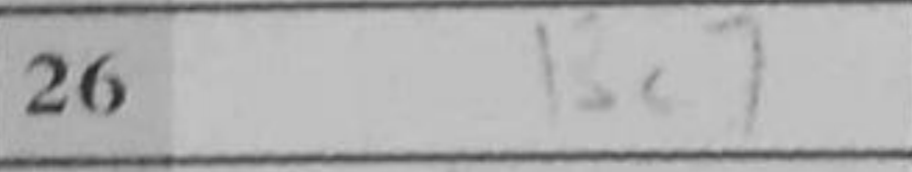
Transcription: Bc7